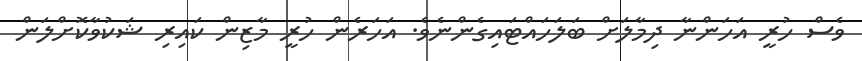
ވެސް ހުރީ އަހަންނާ ދިމާލަށް ބަލަހައްޓައިގެންނެވެ. އަހަރެން ހުރީ މާޒިން ކައިރި ޝަކުވާކޮށްލަން